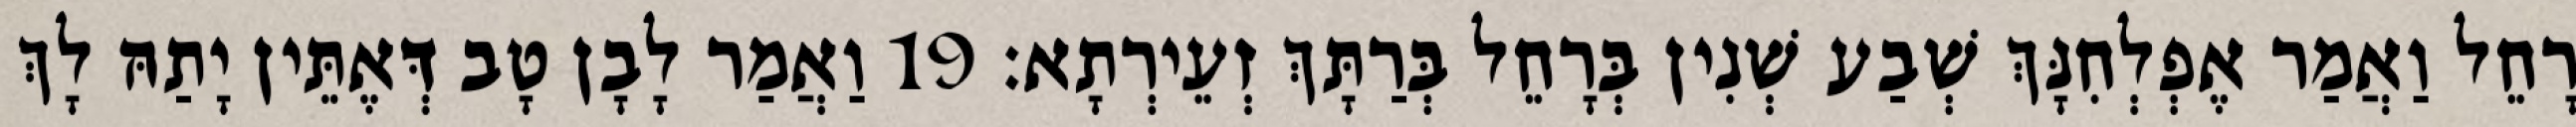
רָחֵל וַאֲמַר אֶפְלְחִנָּךְ שְׁבַע שְׁנִין בְּרָחֵל בְּרַתָּךְ זְעֵירְתָא׃ 19 וַאֲמַר לָבָן טָב דְּאֶתֵּין יָתַהּ לָךְ